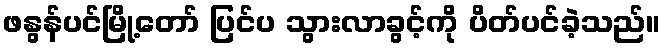
ဖနွန်ပင်မြို့တော် ပြင်ပ သွားလာခွင့်ကို ပိတ်ပင်ခဲ့သည်။